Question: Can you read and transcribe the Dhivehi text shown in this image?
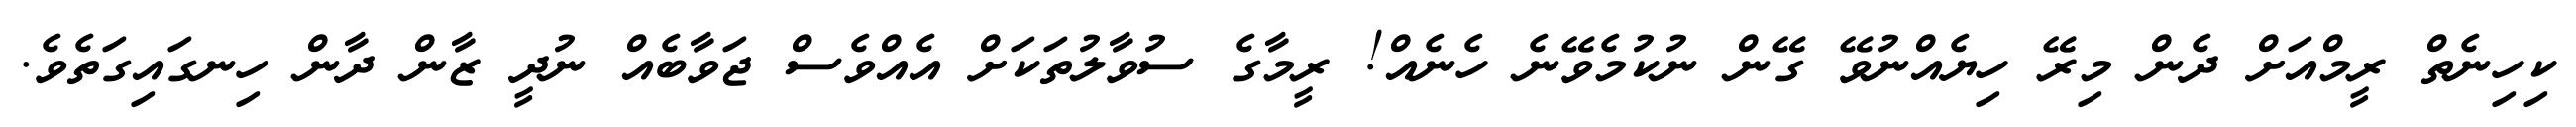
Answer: ކިހިނެތް ރީމްއަށް ދެން މިރޭ ހިޔެއްނުވޭ ގޭން ނުކުމެވޭނެ ހެނެއް! ރީމާގެ ސުވާލުތަކަށް އެއްވެސް ޖަވާބެއް ނުދީ ޒާން ދާން ހިނގައިގަތެވެ.